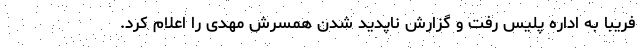
فریبا به اداره پلیس رفت و گزارش ناپدید شدن همسرش مهدی را اعلام کرد.